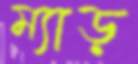
ম্যাড়